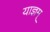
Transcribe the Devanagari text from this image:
याज्ञम्